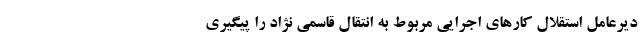
دیرعامل استقلال کارهای اجرایی مربوط به انتقال قاسمی نژاد را پیگیری